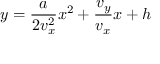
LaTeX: y = { \frac { a } { 2 v _ { x } ^ { 2 } } } x ^ { 2 } + { \frac { v _ { y } } { v _ { x } } } x + h